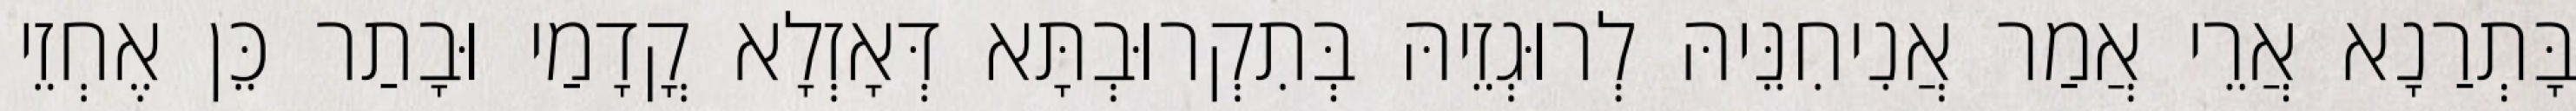
בָּתְרַנָא אֲרֵי אֲמַר אֲנִיחִנֵּיהּ לְרוּגְזֵיהּ בְּתִקְרוּבְתָּא דְּאָזְלָא קֳדָמַי וּבָתַר כֵּן אֶחְזֵי